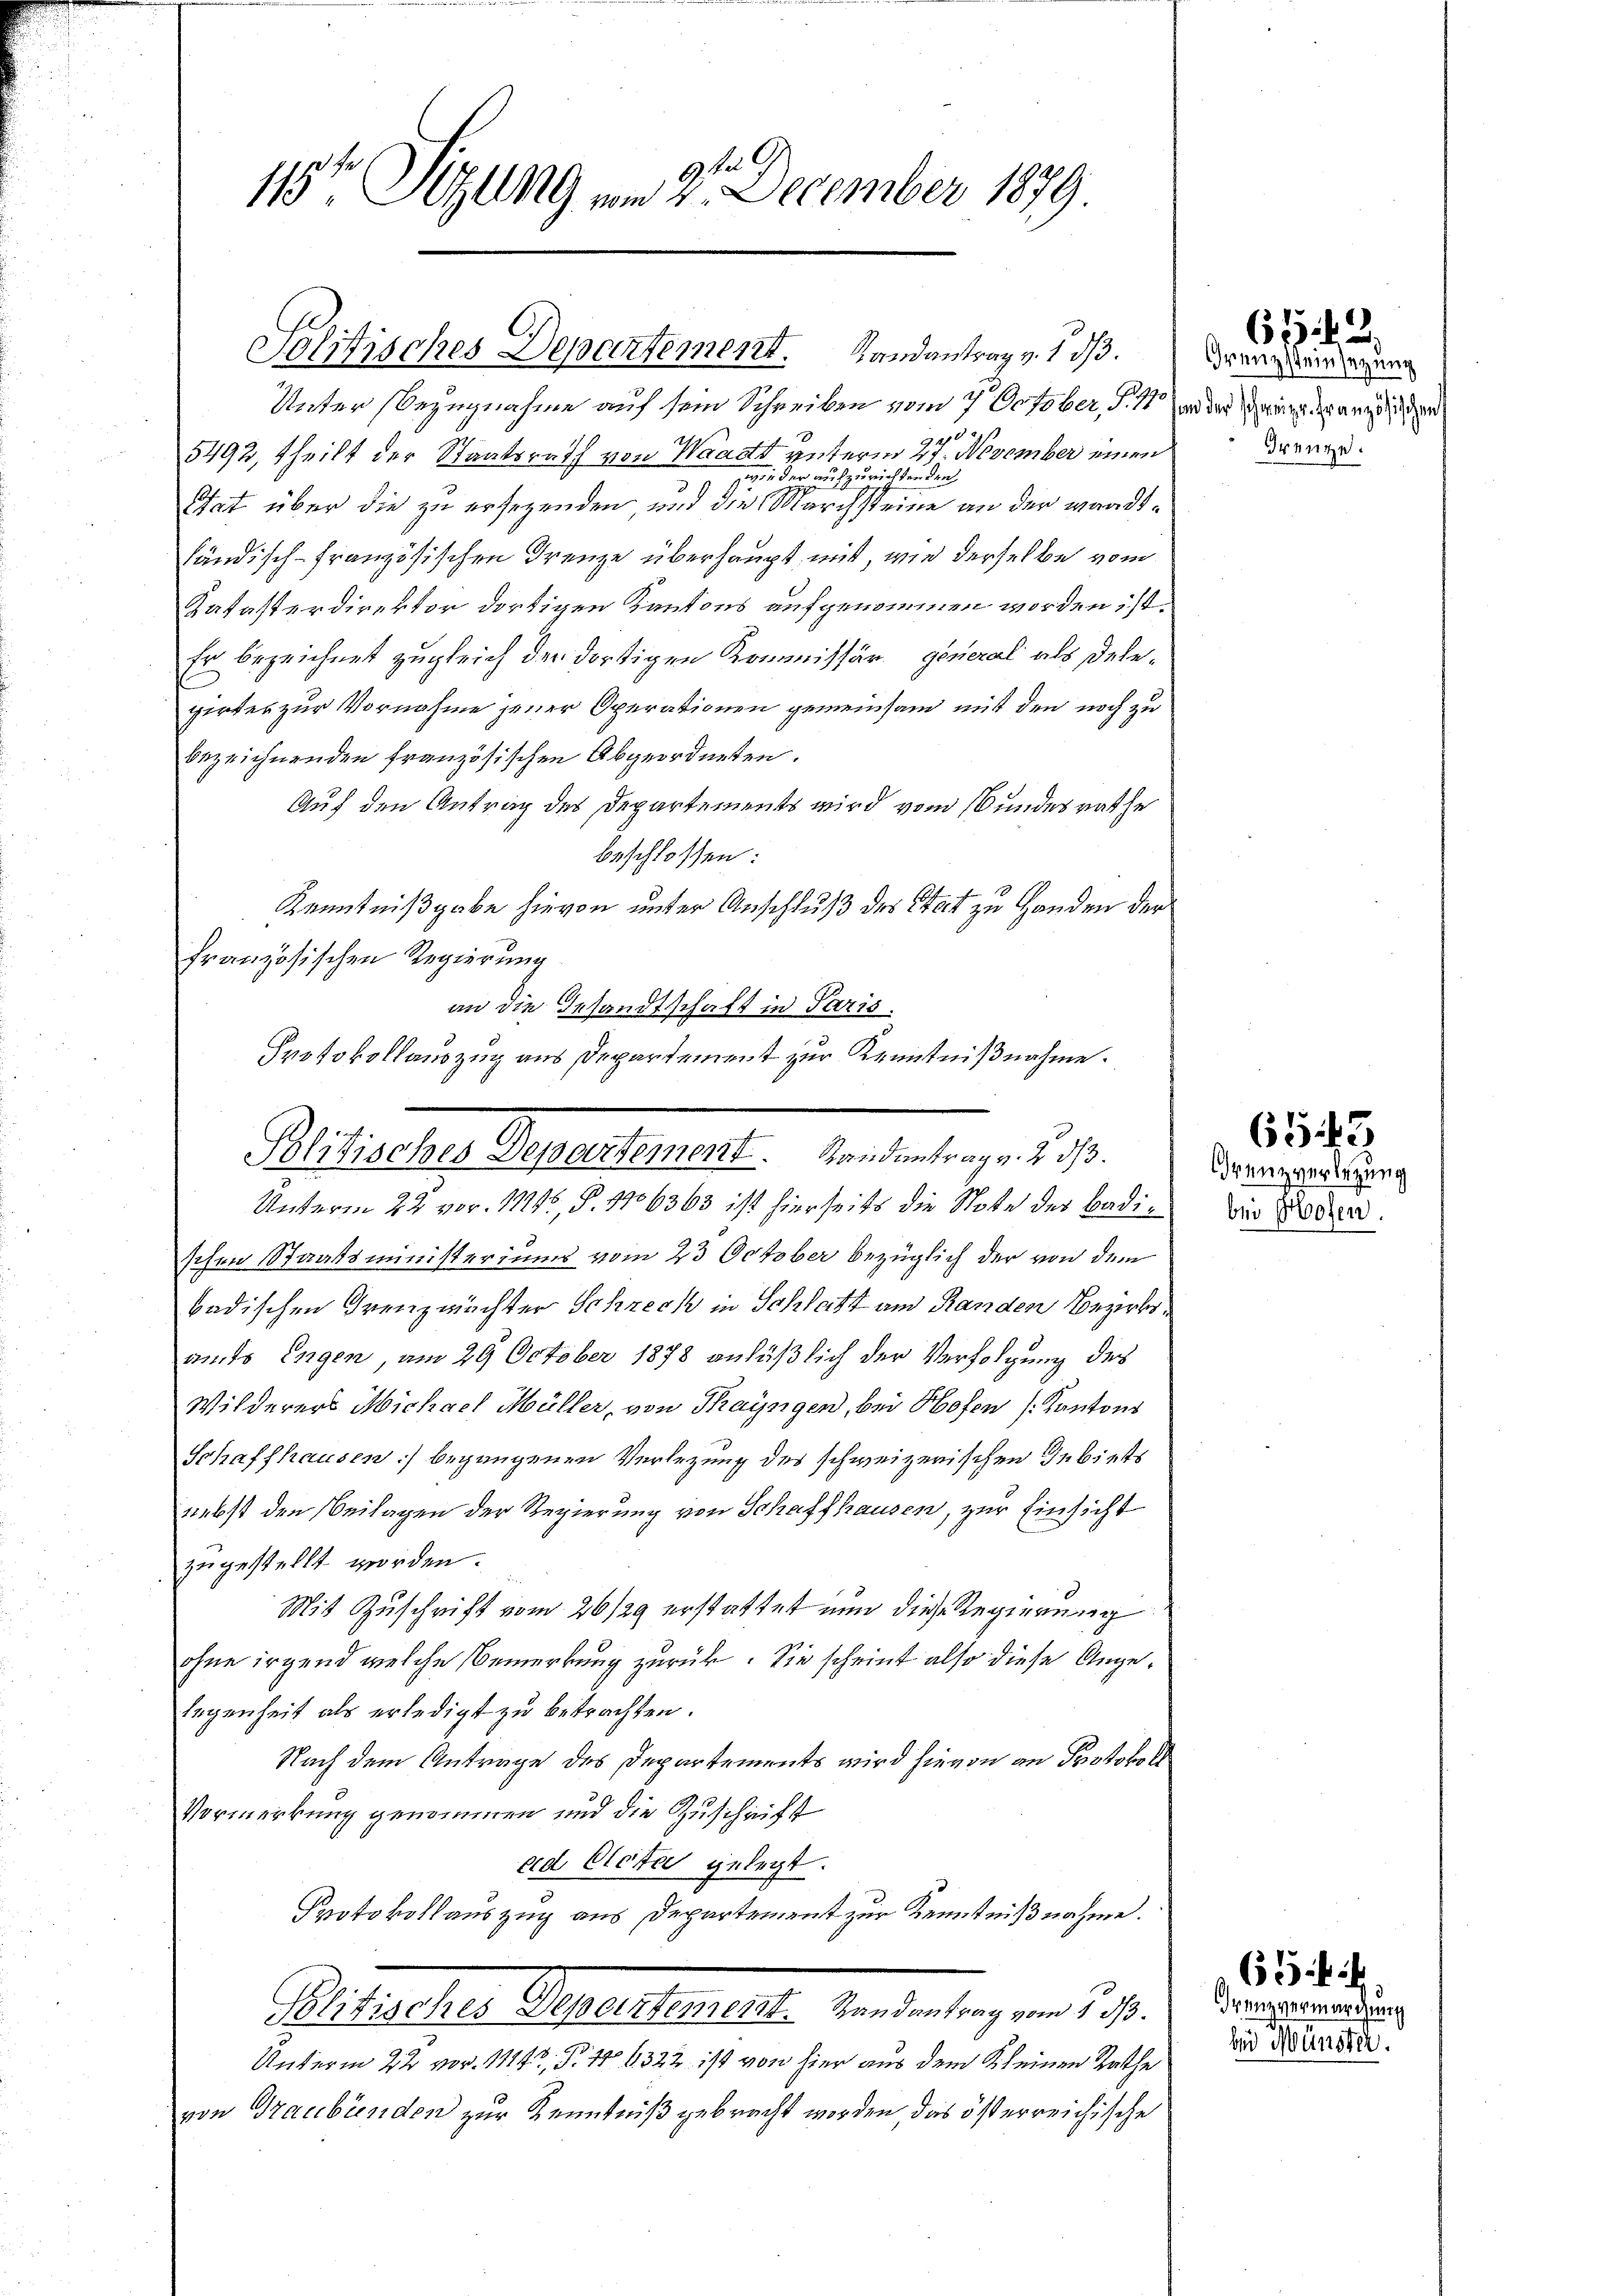
9129
115 Schlag vom 2. December 1879

Solitisches Departement. Landantrag v. 1 d.

Unter Bezugnahme auf sein Schreiben vom 7. October, S. 1 und der Träge der angester
9202. 1
5492, Theilt der Staatsrath von Waadt unterm 27. November einen
zwei der aufzurichten den
Etat über die zu ersezenden und die Marchsteine an der wandtländisch-französischen Frenze überhaupt mit, wie derselbe vom
Katasterdirektor dortigen Kantons aufgenommen worden ist.
Er bezeichnet zugleich der dortigen Kommissär general als Delegirtes zur Vornahme jener Operationen gemeinsam mit den noch zu
bezeichnenden französischen Abgeordneten.
Auf den Antrag des Departements wird vom Bundesrathe
beschlossen:
Kenntnißgabe hievon unter Anschluß des Stat zu Handen der
französischen Regierung
Unterm 22. vor. 1111, S. 1706363 ist hierseits die Note der Badischen Staatsministeriums vom 23 October bezüglich der von dem
badischen Grenzmächter Schrech in Schlatt am Randen Bezirksamts Engen, am 29 October 1878 anläßlich der Verfolgung des
Wilderers Michael Müller, von Thayngen, bei Hofen (Kantons
Schaffhausen) begangenen Verlegung des schweizerischen Gebiets
nebst den Beilagen der Regierung von Schaffhausen, zur Einsicht
zugestellt worden.
Mit Zuschrift vom 26/29 erstattet nun diese Regierung
ohne irgend welche Bemerkung zurück. Sie scheint also diese Angelegenheit als erledigt zu betrachten.
Nach dem Antrage des Departements wird hievon an Protokoll
Vormerkung genommen und die Zuschrift
ad Cicta gelegt.
Protokollauszug aus Departement zur Kenntnißnahme.
hutsalten Gegenstellte Renten lag von 1890.
Unterm 22 vor. 1114, P. 16322 ist von hier aus dem Kleinen Rathe
von Graubünden zur Kenntniß gebracht worden das österreichische

an die Gesandtschaft in Paris.
Protokollauszug aus Departement zur Kenntnißnahme.
Satischen Geselben unter den selben ad 1.

Grenzsteinsetzung
drenze.

61. 2.

Grenzverlegung
bei Hofen.

6543

63. 4
Franzvermarchung
bei Münster.